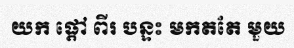
យក ផ្តៅ ពីរ បន្ទះ មកតតែ មួយ